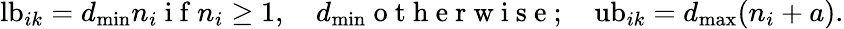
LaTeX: \mathrm{lb}_{ik}=d_{\mathrm{min}}n_{i}\mathrm{~i~f~}n_{i}\geq 1,\quad d_{\mathrm{min}}\mathrm{~o~t~h~e~r~w~i~s~e~};\quad\mathrm{ub}_{ik}=d_{\mathrm{max}}(n_{i}+a).